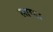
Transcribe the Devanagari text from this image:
लाग्दा